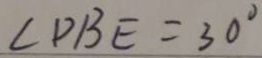
\angle D B E = 3 0 ^ { \circ }